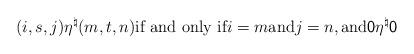
LaTeX: \begin{align*} (i, s, j)\eta^\natural(m,t,n) \hbox{if and only if} i=m \hbox{and} j=n, \hbox{and}\textsf{0}\eta^\natural \textsf{0}\end{align*}